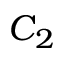
C _ { 2 }